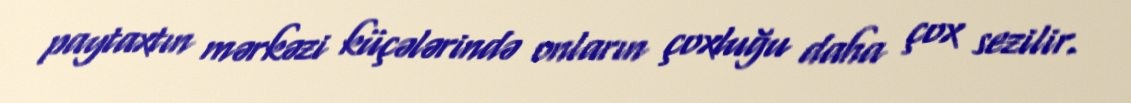
paytaxtın mərkəzi küçələrində onların çoxluğu daha çox sezilir.